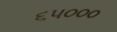
૬૫૦૦૦